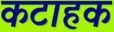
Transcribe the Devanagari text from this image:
कटाहक